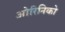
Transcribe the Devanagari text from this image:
ओरिनिको